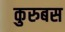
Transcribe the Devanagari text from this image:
कुरुबस